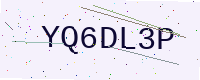
Text: YQ6DL3P